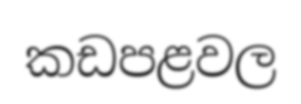
කඩපළවල